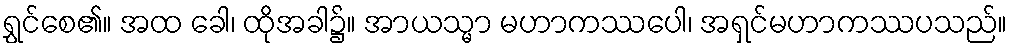
ရွှင်စေ၏။ အထ ခေါ၊ ထိုအခါ၌။ အာယသ္မာ မဟာကဿပေါ၊ အရှင်မဟာကဿပသည်။